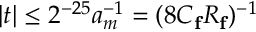
| t | \leq 2 ^ { - 2 5 } a _ { m } ^ { - 1 } = ( 8 C _ { \mathbf { f } } R _ { \mathbf { f } } ) ^ { - 1 }